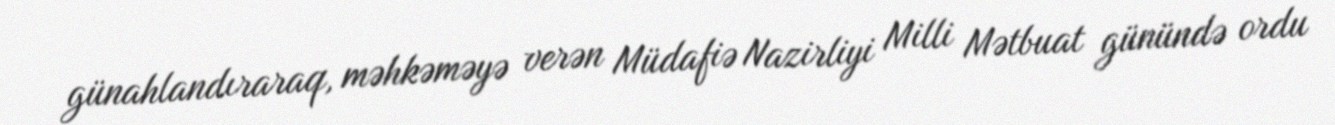
günahlandıraraq, məhkəməyə verən Müdafiə Nazirliyi Milli Mətbuat günündə ordu